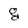
Character: g